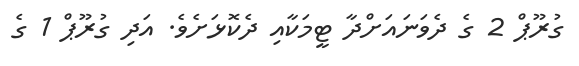
ގުރޫޕް 2 ގެ ދެވަނައަށްދާ ޓީމަކާއި ދެކޮޅަށެވެ. އަދި ގުރޫޕް 1 ގެ